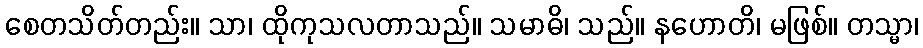
စေတသိတ်တည်း။ သာ၊ ထိုကုသလတာသည်။ သမာဓိ၊ သည်။ နဟောတိ၊ မဖြစ်။ တသ္မာ၊